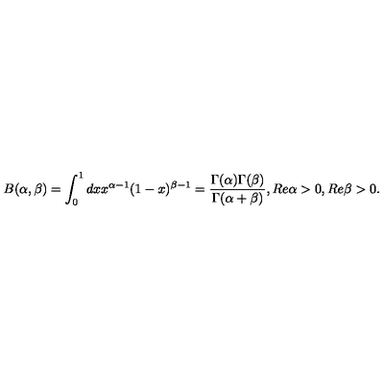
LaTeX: B ( \alpha , \beta ) = \int _ { 0 } ^ { 1 } d x x ^ { \alpha - 1 } ( 1 - x ) ^ { \beta - 1 } = \frac { \Gamma ( \alpha ) \Gamma ( \beta ) } { \Gamma ( \alpha + \beta ) } , R e \alpha > 0 , R e \beta > 0 .